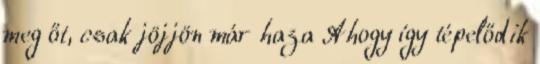
meg őt, csak jöjjön már haza Ahogy így tépelődik